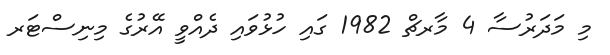
މި މަދަރުސާ 4 މާރޗް 1982 ގައި ހުޅުވައި ދެއްވީ އޭރުގެ މިނިސްޓަރ